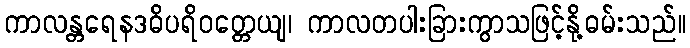
ကာလန္တရေနဒဓိပရိဝတ္တေယျ၊ ကာလတပါးခြားကွာသဖြင့်နို့ဓမ်းသည်။